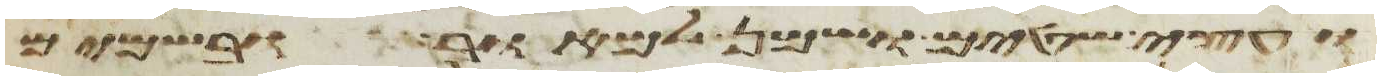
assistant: ועצי שטים ושמן למאור ובשמים